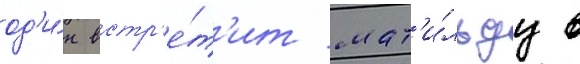
од'и́н встр'е́т'ит мат'и́льду в